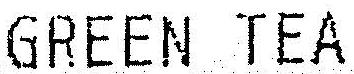
GREEN TEA